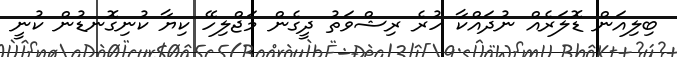
ބިލިއަން ޑޮލަރެއް ނުދައްކާ ހުރެ ރިޝްވަތު ދީގެން މަޖްލިހޭ ކިޔާ ކުނިގޮނޑުން ކުނީ